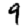
Digit: 9